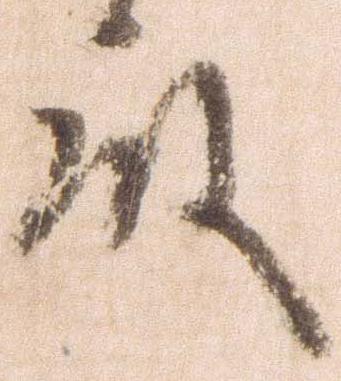
殿